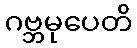
ဂဗ္ဘမုပေတိ